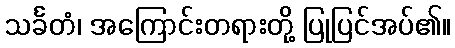
သင်္ခတံ၊ အကြောင်းတရားတို့ ပြုပြင်အပ်၏။